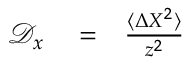
\begin{array} { r l r } { \mathcal { D } _ { x } } & { { } = } & { \frac { \langle \Delta X ^ { 2 } \rangle } { z ^ { 2 } } } \end{array}